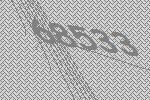
68533